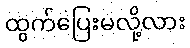
ထွက်ပြေးမလို့လား